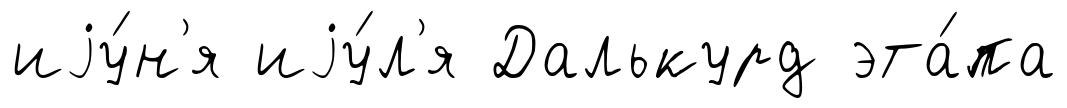
иjу́н'я иjу́л'я Далькурд эта́па